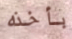
بأخذه